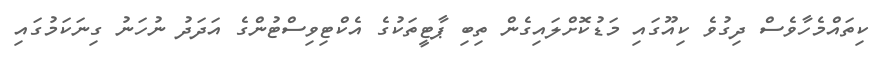
ކިތައްމެހާވެސް ދިގުވެ ކިއޫގައި މަޑުކޮށްލައިގެން ތިބި ޕާޓީތަކުގެ އެކްޓިވިސްޓުންގެ އަދަދު ނުހަނު ގިނަކަމުގައި